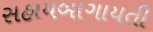
સહાયબાગાયતી